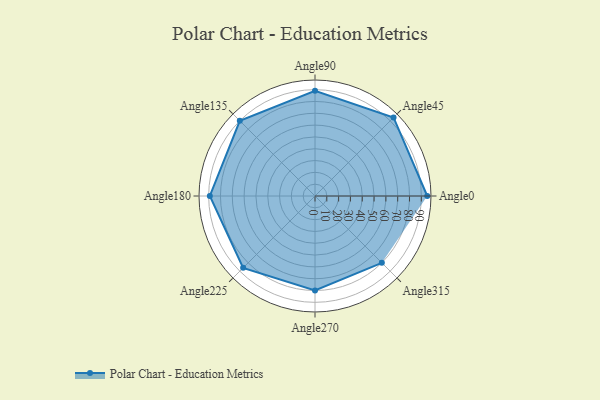
{"axis": {"x": "Angle", "y": "Radius"}, "legend": [""], "data": [{"x": "Angle0", "y": 95.0, "type": ""}, {"x": "Angle45", "y": 94.0, "type": ""}, {"x": "Angle90", "y": 89.0, "type": ""}, {"x": "Angle135", "y": 90.0, "type": ""}, {"x": "Angle180", "y": 89.0, "type": ""}, {"x": "Angle225", "y": 86.0, "type": ""}, {"x": "Angle270", "y": 80.0, "type": ""}, {"x": "Angle315", "y": 80.0, "type": ""}]}